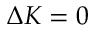
\Delta K = 0